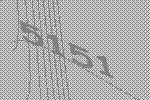
5151